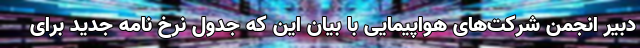
دبیر انجمن شرکت‌های هواپیمایی با بیان این که جدول نرخ نامه جدید برای